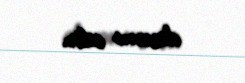
davam edir.